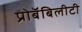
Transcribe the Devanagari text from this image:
प्रोबॅबिलीटी